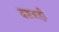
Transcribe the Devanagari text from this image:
दशत्राही